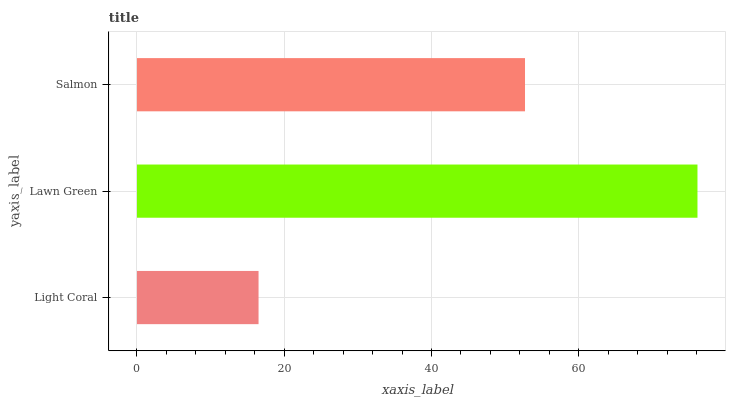
| yaxis_label | bars |
 | --- | --- |
 | Light Coral | 16.5 |
 | Lawn Green | 76.1 |
 | Salmon | 52.7 |